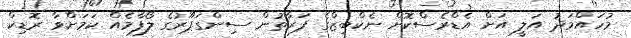
މުހައްމަދު އަލީ އަށް އެޑްރެސްކޮށް ނެކްބިޒްގެ ފަރާތުން ސިންގަޕޫރުގެ ލޯފާމެއް ކަމަށްވާ ރޮޑިކް